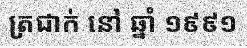
ត្រជាក់ នៅ ឆ្នាំ ១៩៩១